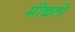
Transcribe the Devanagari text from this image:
मीळतो